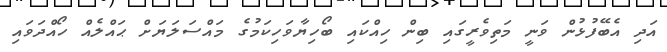
އަދި އެބޭފުޅުން ވަނީ މަތިވެރީގައި ބިން ހިއްކައި ބޯހިޔާވަހިކަމުގެ މައްސަލަޔަށް ޙައްލެއް ހޯއްދަވައި